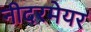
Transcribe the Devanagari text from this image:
नीदरमेयर